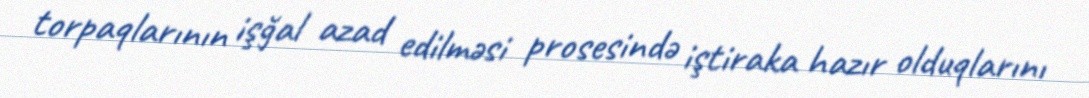
torpaqlarının işğal azad edilməsi prosesində iştiraka hazır olduqlarını